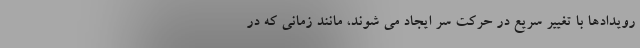
رویدادها با تغییر سریع در حرکت سر ایجاد می شوند، مانند زمانی که در